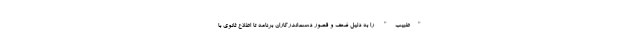
"طبیب" را به دلیل ضعف و قصور دست‌اندرکاران برنامه تا اطلاع ثانوى با